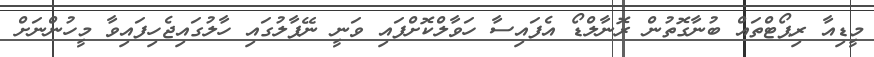
މީޑިއާ ރިޕޯޓްތައް ބުނާގޮތުން ރޮނާލްޑޯ އެފައިސާ ހަވާލްކޮށްފައި ވަނީ ނޭޕާލުގައި ހާލުގައިޖެހިފައިވާ މީހުންނަށް